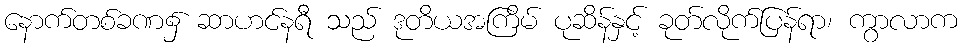
နောက်တစ်ခဏ၌ ဆာဟင်နရီ သည် ဒုတိယအကြိမ် ပုဆိန်နှင့် ခုတ်လိုက်ပြန်ရာ၊ ကွာလာက